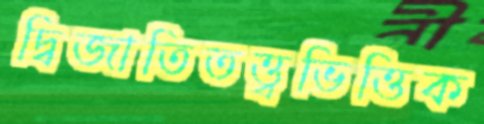
দ্বিজাতিতত্ত্বভিত্তিক